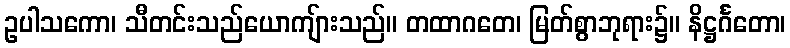
ဥပါသကော၊ သီတင်းသည်ယောကျ်ားသည်။ တထာဂတေ၊ မြတ်စွာဘုရား၌။ နိဋ္ဌင်္ဂတော၊